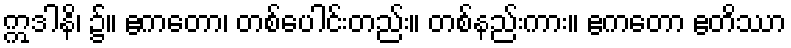
ဣဒါနိ၊ ၌။ ဧကတော၊ တစ်ပေါင်းတည်း။ တစ်နည်းကား။ ဧကတော ဧတိဿာ